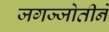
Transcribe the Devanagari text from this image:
जगज्जोतीने